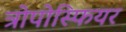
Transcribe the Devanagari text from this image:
त्रोपोस्फियर